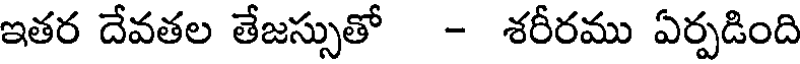
ఇతర దేవతల తేజస్సుతో - శరీరము ఏర్పడింది